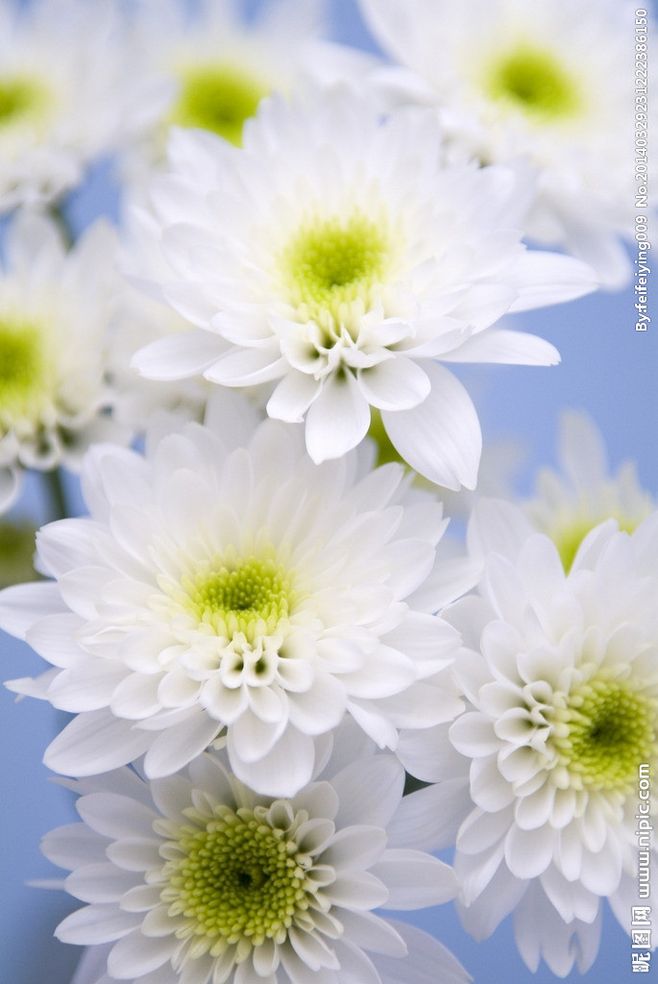
雨荒深院菊，霜倒半池莲。